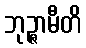
ဘုဉ္ဇာမီတိ